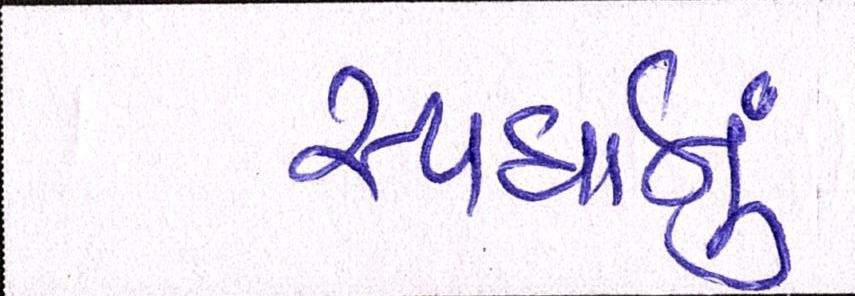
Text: સ્પર્ધાનું